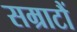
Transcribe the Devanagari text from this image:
सम्राटौं